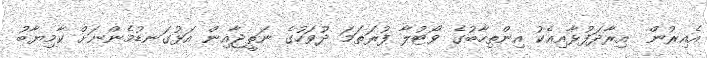
އެއިރުން  އިރާދަފުޅާއިއެކު އިންތިހާބުގެ ވޯޓުލާ ފުރަތަމަ ދުވަހުގެ ނަތީޖާއިން އަޅުގަނޑުމެންނަށް ކާމިޔާބު